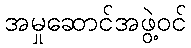
အမှုဆောင်အဖွဲ့ဝင်